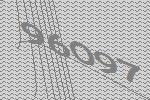
96097